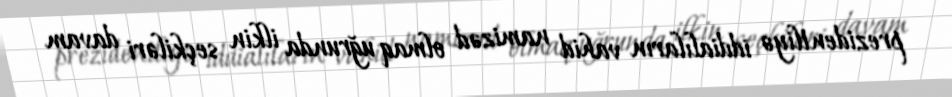
prezidentliyə iddialıların vahid namizəd olmaq uğrunda ilkin seçkiləri davam